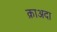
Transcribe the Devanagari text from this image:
क़ाअदा